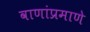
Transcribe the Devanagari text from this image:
वाणांप्रमाणे